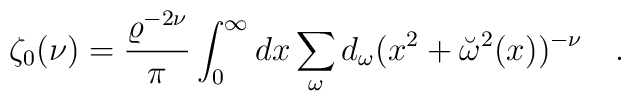
\zeta_0(\nu)={\varrho^{-2\nu} \over \pi }\int_0^\infty dx \sum_{\omega}d_\omega(x^2+\breve{\omega}^2(x))^{-\nu}~~~.